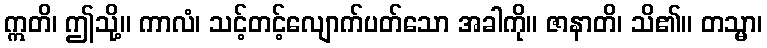
ဣတိ၊ ဤသို့။ ကာလံ၊ သင့်တင့်လျောက်ပတ်သော အခါကို။ ဇာနာတိ၊ သိ၏။ တသ္မာ၊